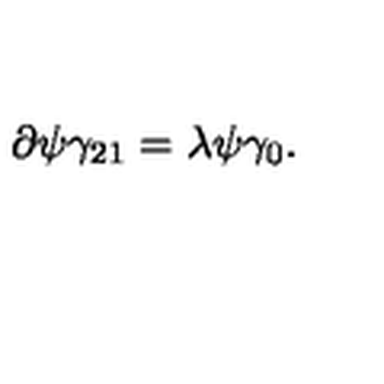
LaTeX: \partial \psi \gamma _ { 2 1 } = \lambda \psi \gamma _ { 0 } .